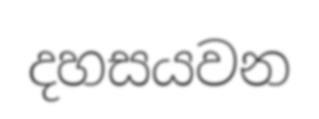
දහසයවන